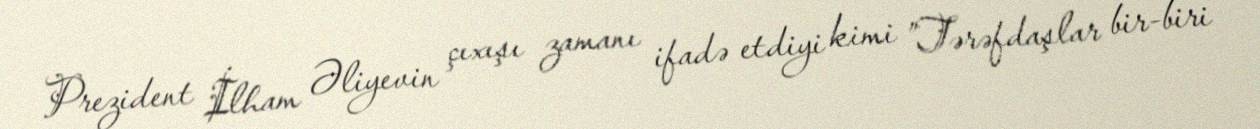
Prezident İlham Əliyevin çıxışı zamanı ifadə etdiyi kimi ”Tərəfdaşlar bir-biri